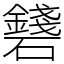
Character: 𥗛